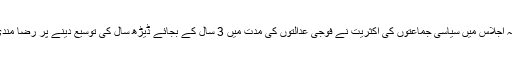
ذرائع کا کہنا ہے کہ اجلاس میں سیاسی جماعتوں کی اکثریت نے فوجی عدالتوں کی مدت میں 3 سال کے بجائے ڈیڑھ سال کی توسیع دینے پر رضا مندی ظاہر کر دی ہے۔